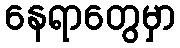
နေရာတွေမှာ